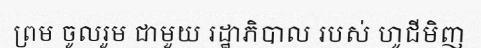
ព្រម ចូលរួម ជាមួយ រដ្ឋាភិបាល របស់ ហូជីមិញ